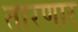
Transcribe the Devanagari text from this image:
तारणार